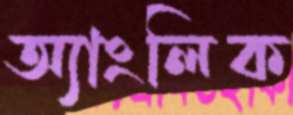
অ্যাংলিক